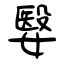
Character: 嫛